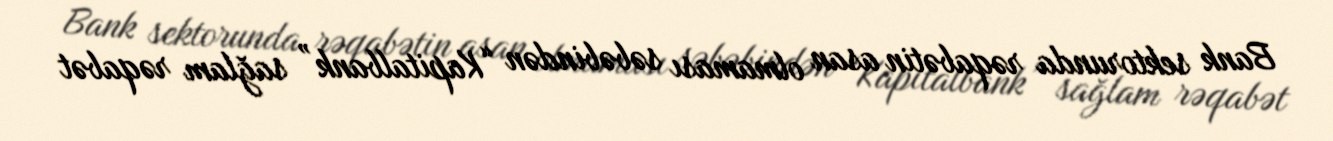
Bank sektorunda rəqabətin asan olmaması səbəbindən “Kapitalbank” sağlam rəqabət